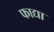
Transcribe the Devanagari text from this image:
फाद्या